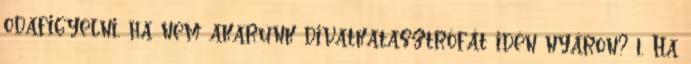
odafigyelni, ha nem akarunk divatkatasztrófát idén nyáron? 1. Ha